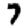
Digit: 7